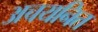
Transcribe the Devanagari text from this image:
अचयनित